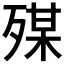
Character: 𣨴